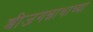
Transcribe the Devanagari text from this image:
श्रीजगन्नाथाच्या